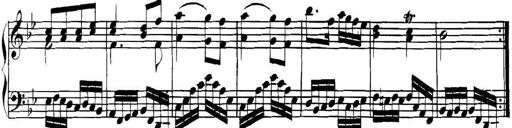
Title: Collected Piano Sonatas
Composer: Muzio Clementi